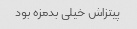
پیتزاش خیلی بدمزه بود